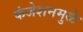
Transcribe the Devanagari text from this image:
कंजेशनमुळे